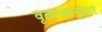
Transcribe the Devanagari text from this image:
वृतान्तानुसार